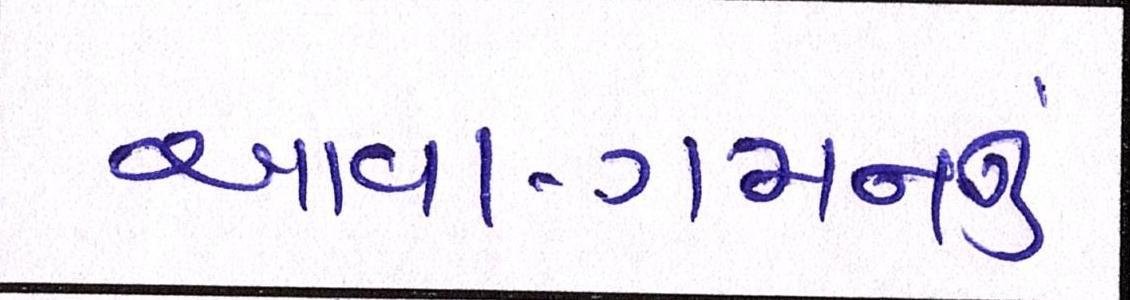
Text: આવા-ગમનનું